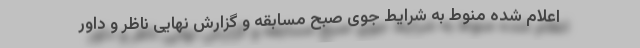
اعلام شده منوط به شرایط جوی صبح مسابقه و گزارش نهایی ناظر و داور